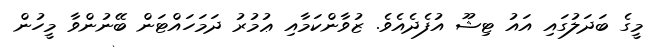
މީގެ ބަދަލުގައި އައު ޓިޝޫ އުފެދެއެވެ. ޒުވާންކަމާއި ޢުމުރު ދަމަހައްޓަން ބޭނުންވާ މީހުން